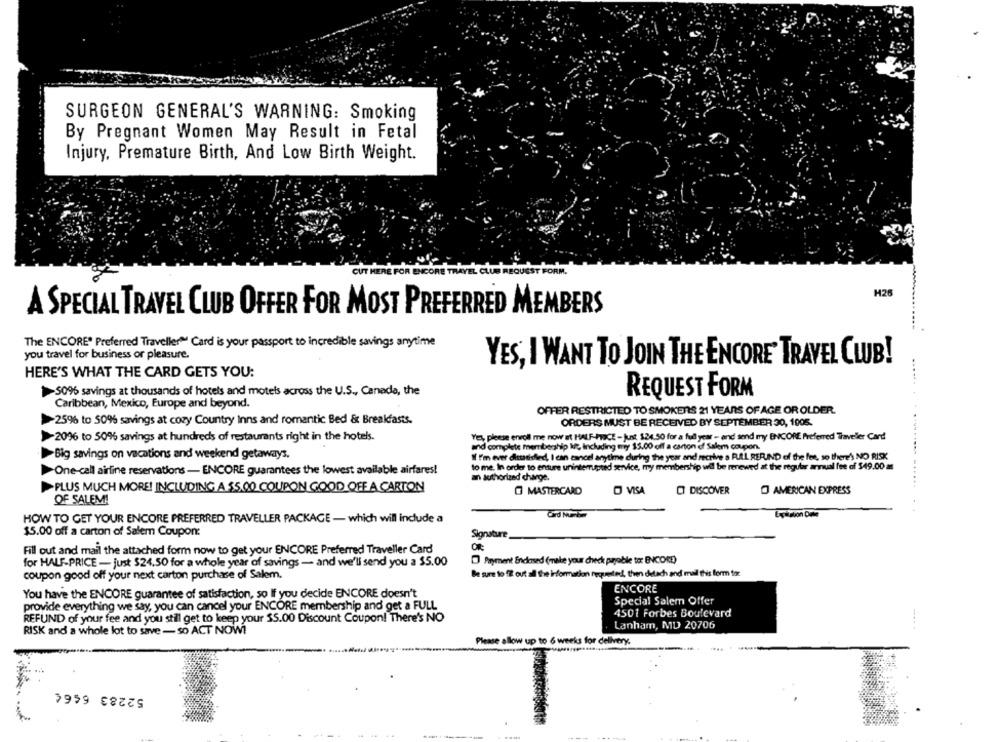
SURGEON GENERAL'S WARNING: Smoking
By Pregnant Women May Result in Fetal
Injury, Premature Birth, And Low Birth Weight.
H26
A SPECIAL TRAVEL CLUB OFFER FOR MOST PREFERRED MEMBERS
The ENCORE' Preferred Traveller™ Card is your passport to incredible savings anytime
you travel for business or pleasure.
YES, I WANT TO JOIN THE ENCORE' TRAVEL CLUB!
HERE'S WHAT THE CARD GETS YOU:
50% savings at thousands of hotels and motels across the U.S ., Canada, the
REQUEST FORM
Caribbean, Mexico, Europe and beyond.
OFFER RESTRICTED TO SMOKERS 21 YEARS OF AGE OR OLDER.
2596 to 50% savings at cozy Country Inns and romantic Bed & Breakfasts.
ORDERS MUST BE RECEIVED BY SEPTEMBER 30, 1008.
>206 to 50% savings at hundreds of restaurants right in the hotels.
Yet please enroll me now at HALF-PaCE - Just $24.50 for a full year - and send my ENCORE Preferred Traveller Card
and complete membership kt, Including my $5.00 off a carton of Salem coupon.
>Big savings on vacations and weekend getaways.
Il Fm ever distasided, I can cancel anytime during the year and receive a RUAL RERIND of the fee, so there) NO RISK
to me. In order to ensure uninterrupted service, my membership will be renewed at the regular annual fee of $49,00 a
One-call airline reservations - ENCORE guarantees the lowest available airfares!
an authorized charge.
PLUS MUCH MORE! INCLUDING A $5.00 COUPON GOOD OFF A CARTON
O MASTERCARD
O VISA
O AMERICAN EXPRESS
--------- -....-
O DISCOVER
OF SALEM!
HOW TO GET YOUR ENCORE PREFERRED TRAVELLER PACKAGE - which will include a
Card Number
$5.00 off a carton of Salem Coupon:
Signature
Fill out and mail the attached form now to get your ENCORE Preferred Traveller Card
OR
for HALF-PRICE - just $24.50 for a whole year of savings - and we'll send you a $5.00
Payment Enclosed (make your check payable to: ENCORE)
coupon good off your next carton purchase of Salem.
Be sure to f out al the information requested, then detach and mail this form for
You have the ENCORE guarantee of satisfaction, so If you decide ENCORE doesn't
ENCORE
Special Salem Offer
provide everything we say, you can cancel your ENCORE membership and get a FULL
4501 Forbes Boulevard
REFUND of your fee and you still get to keep your $5.00 Discount Coupon! There's NO
RISK and a whole lot to save - so ACT NOW!
Lanham, MD 20706
Please allow up to 6 weeks for delivery.
52283 6664